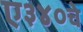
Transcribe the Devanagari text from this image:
ए३४०चे